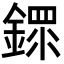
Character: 䤽